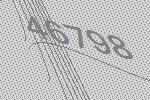
46798